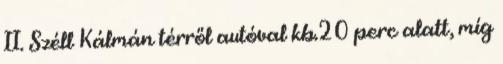
II. Széll Kálmán térről autóval kb.20 perc alatt, míg